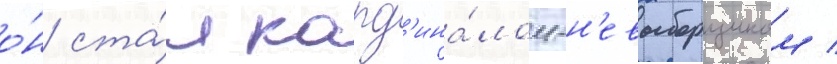
о́н ста́л кард'ина́лом-н'евыборщиком /